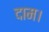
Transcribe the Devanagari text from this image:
दाम।